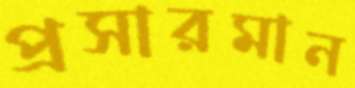
প্রসারমান